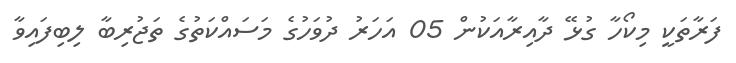
ފަރާތަކީ މިކޯހާ ގުޅޭ ދާއިރާއަކުން 05 އަހަރު ދުވަހުގެ މަސައްކަތުގެ ތަޖުރިބާ ލިބިފައިވާ